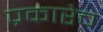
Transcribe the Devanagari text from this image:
प्रकारेच